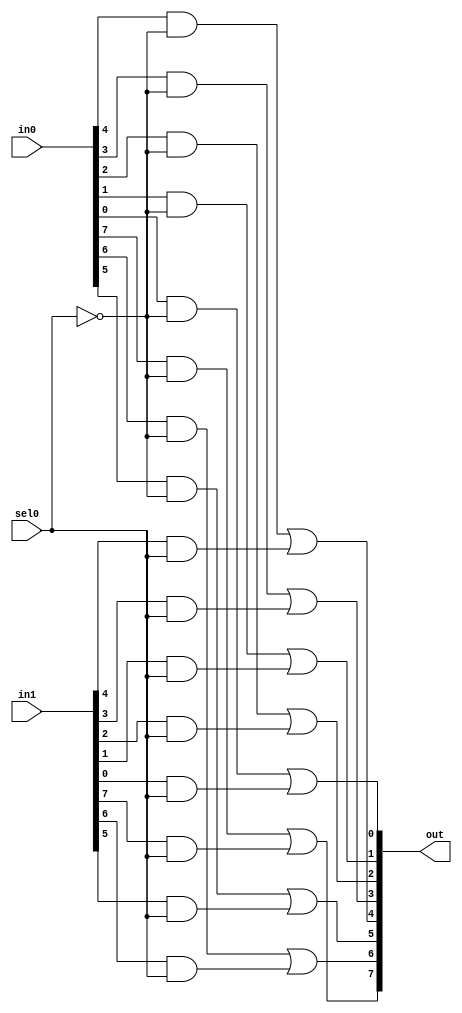
module mux2to1(in0,in1,sel0,out);

input[7:0] in0,in1;
input sel0;
output[7:0] out;

assign out[7] =  (in0[7] & ~sel0)|(in1[7] & sel0);
assign out[6] =  (in0[6] & ~sel0)|(in1[6] & sel0);
assign out[5] =  (in0[5] & ~sel0)|(in1[5] & sel0);
assign out[4] =  (in0[4] & ~sel0)|(in1[4] & sel0);
assign out[3] =  (in0[3] & ~sel0)|(in1[3] & sel0);
assign out[2] =  (in0[2] & ~sel0)|(in1[2] & sel0);
assign out[1] =  (in0[1] & ~sel0)|(in1[1] & sel0);
assign out[0] =  (in0[0] & ~sel0)|(in1[0] & sel0);

endmodule